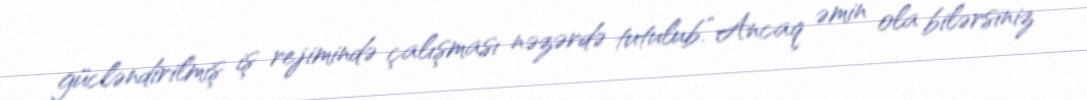
gücləndirilmiş iş rejimində çalışması nəzərdə tutulub.“Ancaq əmin ola bilərsiniz